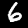
Digit: 6